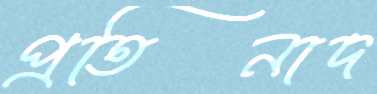
প্রতিনাদ